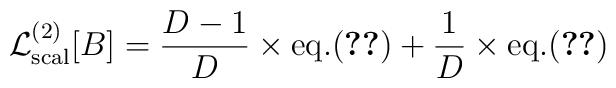
{\cal L}^{(2)}_{\rm scal}[B]={{D-1}\over D}\times{\rm eq.}(\ref{Gamma2scal})+{1\over D}\times{\rm eq.}(\ref{Gamma2scalpI})